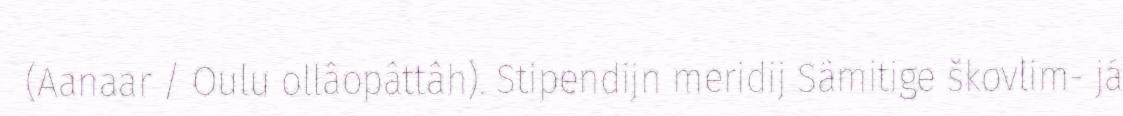
(Aanaar / Oulu ollâopâttâh). Stipendijn meridij Sämitige škovlim- já